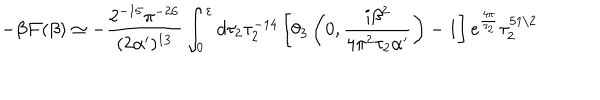
- \beta { \cal F } ( \beta ) \simeq - \frac { 2 ^ { - 1 5 } \pi ^ { - 2 6 } } { ( 2 \alpha ^ { \prime } ) ^ { 1 3 } } \int _ { 0 } ^ { \varepsilon } d \tau _ { 2 } \tau _ { 2 } ^ { - 1 4 } \left[ \theta _ { 3 } \left( 0 , \frac { i \beta ^ { 2 } } { 4 \pi ^ { 2 } \tau _ { 2 } \alpha ^ { \prime } } \right) - 1 \right] e ^ { \frac { 4 \pi } { \tau _ { 2 } } } \tau _ { 2 } ^ { 5 1 / 2 }